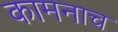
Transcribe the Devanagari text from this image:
कामनाच